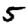
Digit: 5